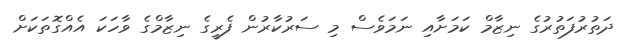
ދަތުރުފަތުރުގެ ނިޒާމް ކަމަށާއި ނަމަވެސް މި ސަރުކާރުން ފެރީގެ ނިޒާމްގެ ވާހަކަ އެއްގޮތަކަށް